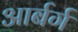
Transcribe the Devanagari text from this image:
आर्बर्ग